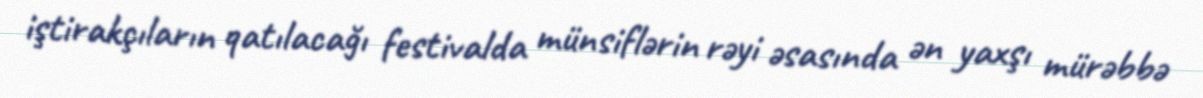
iştirakçıların qatılacağı festivalda münsiflərin rəyi əsasında ən yaxşı mürəbbə